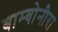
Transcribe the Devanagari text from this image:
बाम्बोनीरा